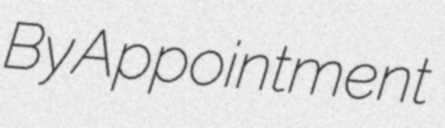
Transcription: By Appointment